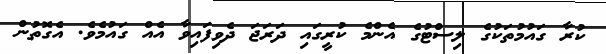
ކުރާ ގައުމުތަކުގެ ލިސްޓުގެ އެންމެ ކުރީގައި ދަރަޖަ ދެވިފައިވާ އެއް ގައުމެވެ. އެގޮތުން